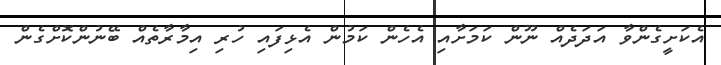
އެކަށީގެންވާ އަދަދެއް ނޫން ކަމަށާއި އެހެން ކަމުން އެޅިފައި ހުރި އިމާރާތެއް ބޭނުންކޮށްގެން